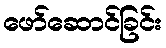
ဖော်ဆောင်ခြင်း